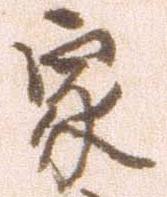
家